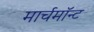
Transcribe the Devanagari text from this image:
मार्चमाॅन्ट